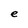
Character: e